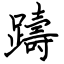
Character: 躊